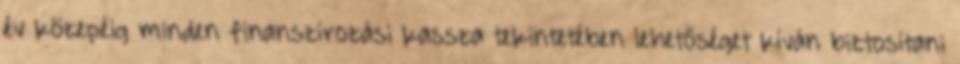
év közepéig minden finanszírozási kassza tekintetében lehetőséget kíván biztosítani